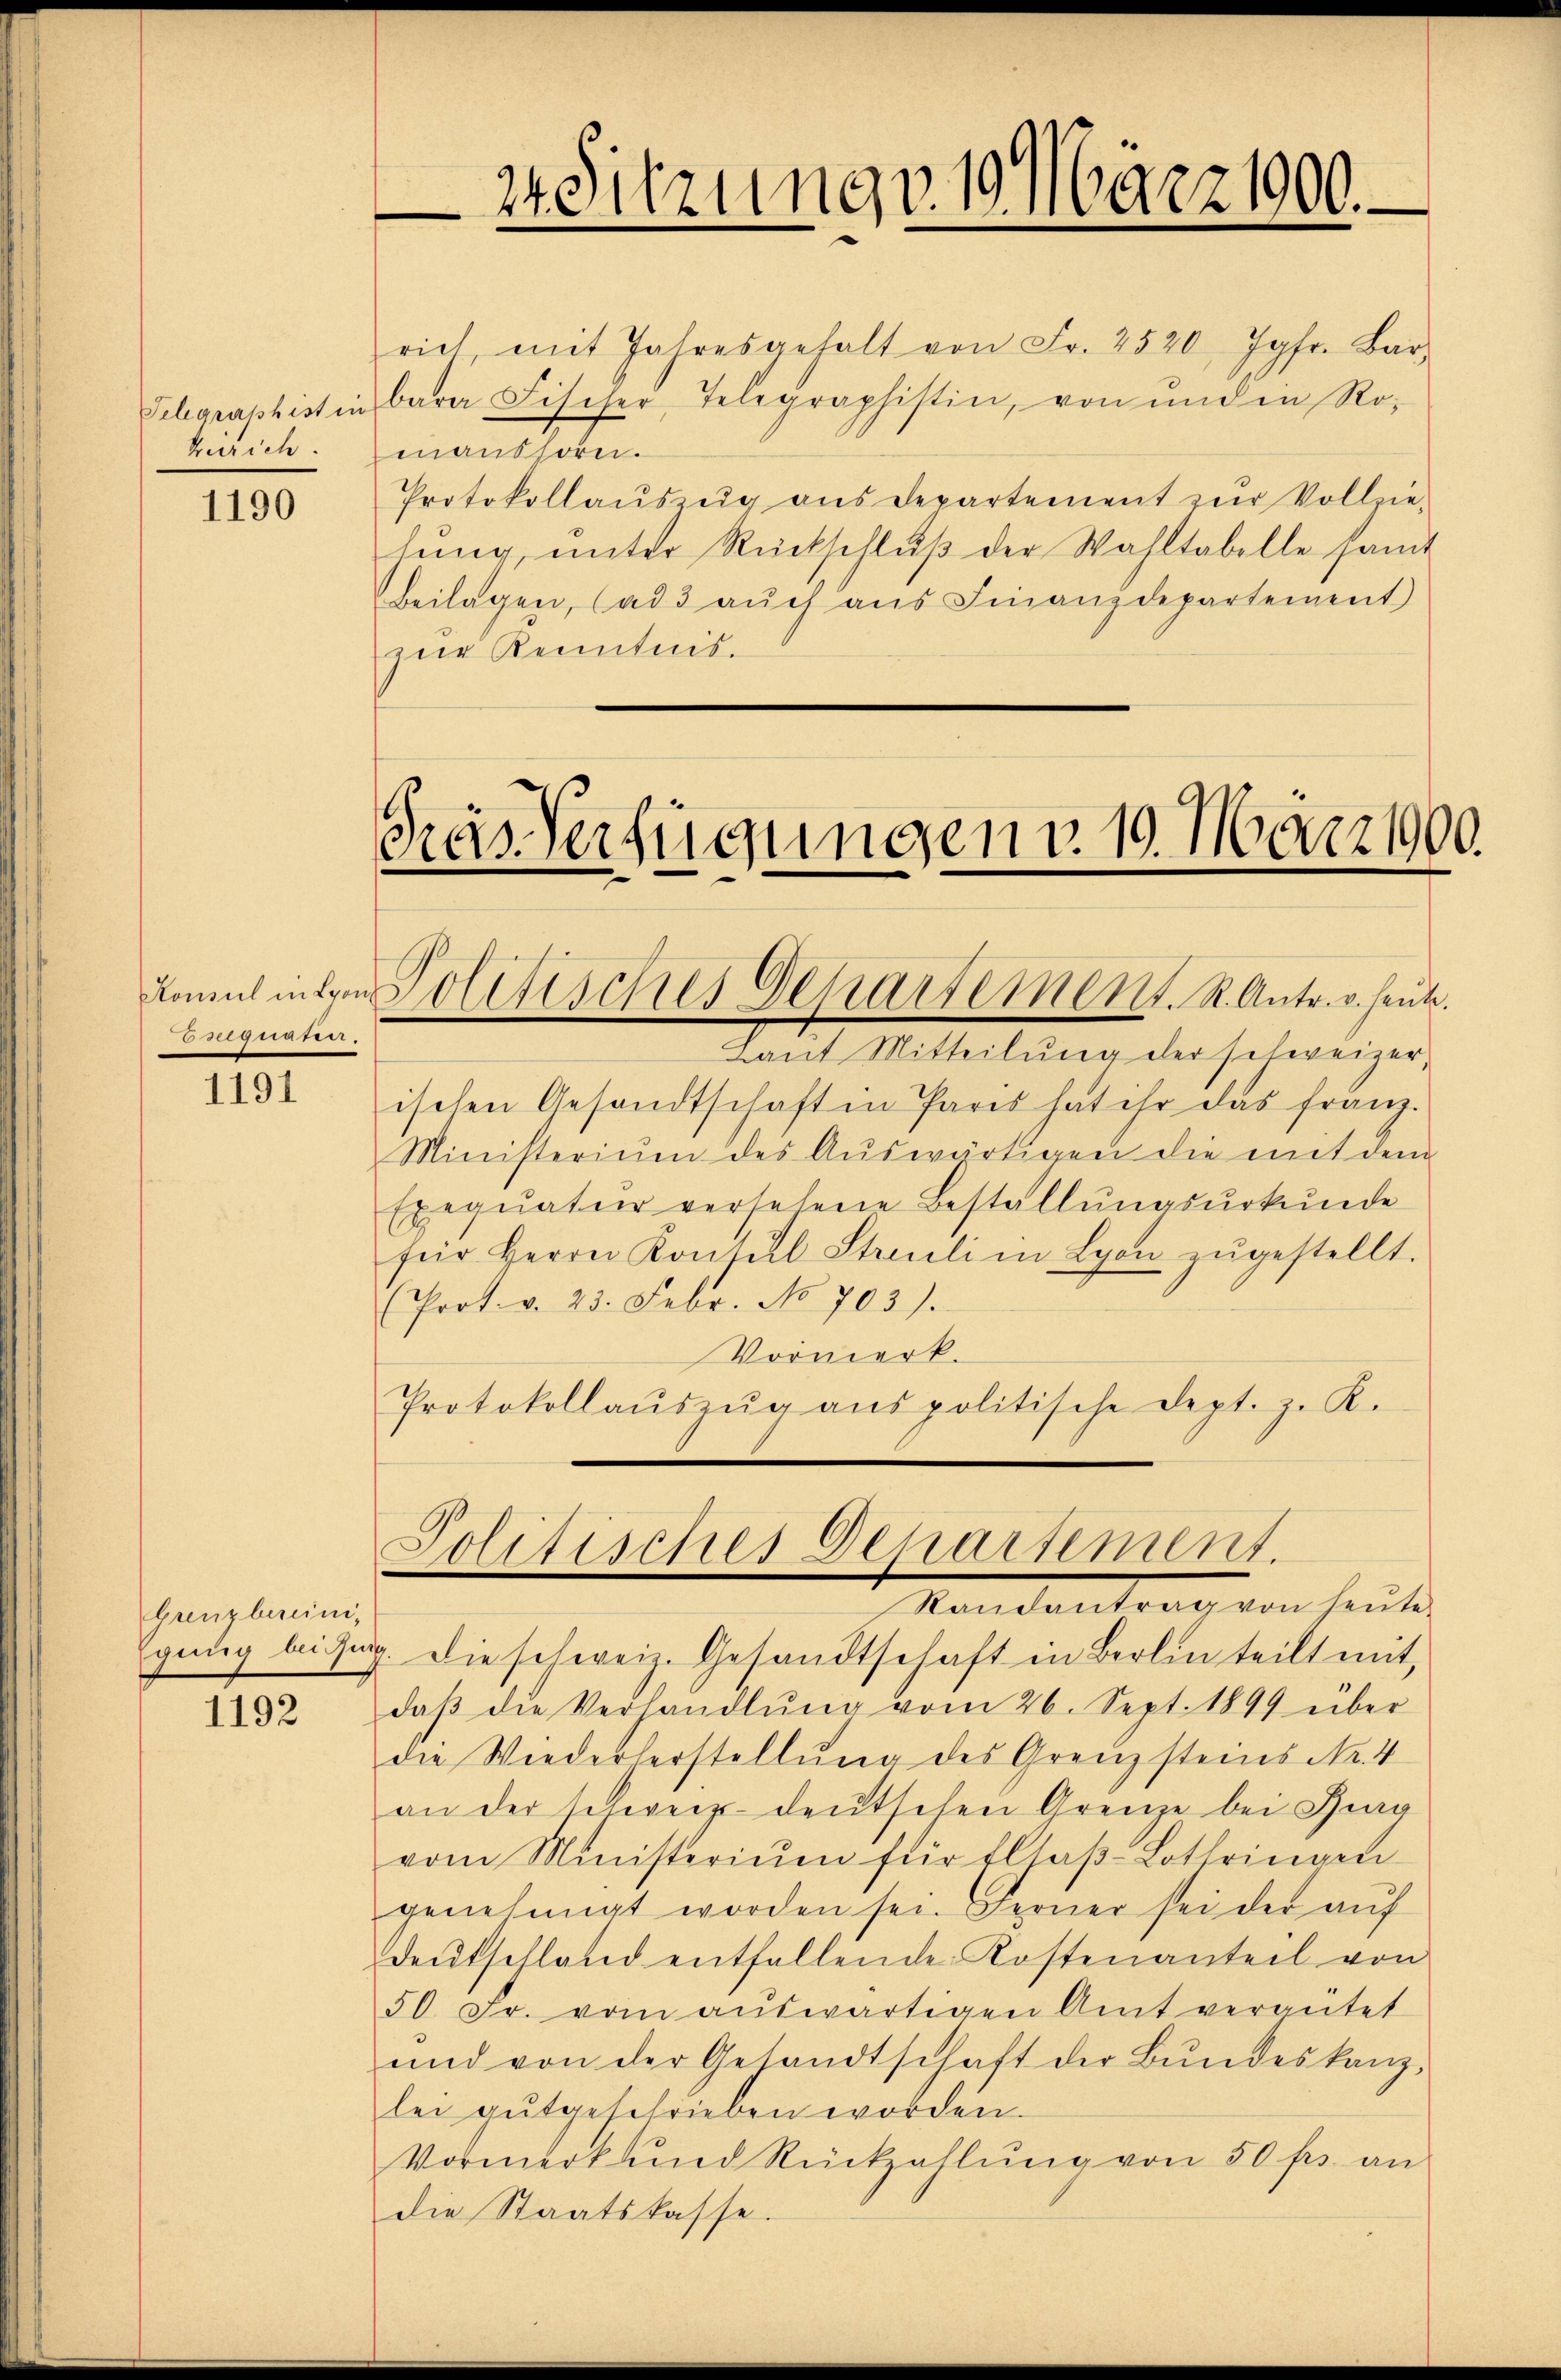
keirich.

1190

22722.

1191

Grenzbereini¬

1192

24. Sitzung v. 19. März 1900.

rich mit Jahresgehalt von Fr. 2520 Jgfr. Bar
Sebgraphist in bara Fischer Telegraphistin, von und in Ro-
manshorn.
Protokollaŭszŭg ans Departement zŭr Vollzie-
hung, unter Rückschlŭβ der Wahltabelle samt
beilagen, (ad 3 auch aus Finanzdepartement)
zur Kenntnis.

Das Verfügungen v. 19. März 1900.
Konsul inter Politisches Departement. R. Antr. v. heute.

Laut Mitteilŭng der schweizer-
ischen Gesandtschaft in Paris hat ihr das franz-
Ministerium des Aŭswärtigen die mit dem
Exequatur versehene Beställungsurkunde
für Herrn Konsul Streuli in Lyon zŭgestellt.
(Prot. v. 23. Febr. No 703).
Vormerk.
Protokollaŭszŭg aŭs politische Dept. z. K.

Politisches Departement.

Mandantrag von heute
Egung beissig. Die schweiz. Gesandtschaft in Berlin teilt mit,
daβ die Verhandlŭng vom 26. Sept. 1899 über
die Wiederherstellung des Grenzsteins Nr. 4
an der schweiz deutschen Grenze bei Zug
vom Ministerium für Ellaβ-Lothringen
genehmigt worden sei. Ferner sei der aŭf
deŭtschland entfallende Kostenanteil von
50 Fr. vom aŭswärtigen Amt vergütet
und von der Gesandtschaft der Bŭndeskanzlei gutgeschrieben worden.
Vormerkund Rückzahlŭng von 50 frs. an
die Staatskasse.